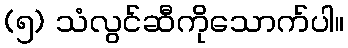
(၅) သံလွင်ဆီကိုသောက်ပါ။